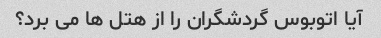
آیا اتوبوس گردشگران را از هتل ها می برد؟